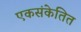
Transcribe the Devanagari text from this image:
एकसंकेतित